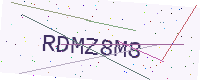
Text: RDMZ8M8